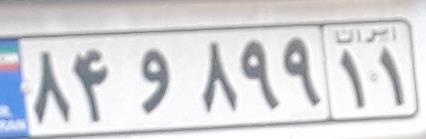
۸۴و۸۹۹۱۱